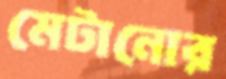
মেটানোর